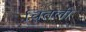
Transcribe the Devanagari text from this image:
चितली